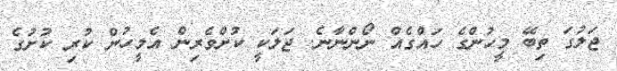
ޖަލުގަ ތިބޭ މީހުންގެ ހައްގެއް ނޯންނާނެ. ޖަލަކީ ކުށްވެރިން އެމީހުން ކުރި ކުށުގެ